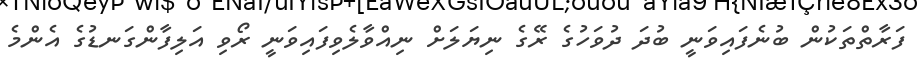
ފަރާތްތަކުން ބުނެފައިވަނީ ބުދަ ދުވަހުގެ ރޭގެ ނިޔަލަށް ނިއްވާލެވިފައިވަނީ ރޯވި އަލިފާންގަނޑުގެ އެންމެ